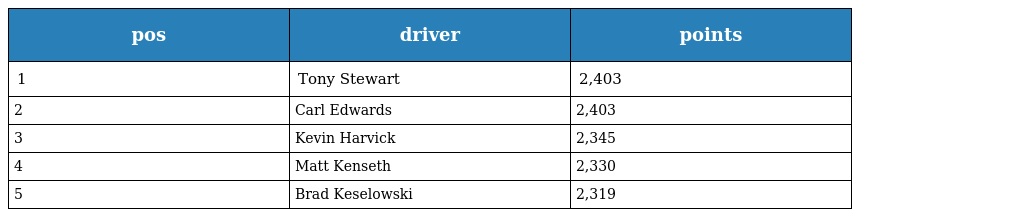
| pos | driver | points |
 | --- | --- | --- |
 | 1 | Tony Stewart | 2,403 |
 | 2 | Carl Edwards | 2,403 |
 | 3 | Kevin Harvick | 2,345 |
 | 4 | Matt Kenseth | 2,330 |
 | 5 | Brad Keselowski | 2,319 |